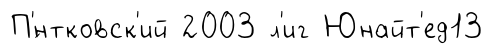
П'́нтковск'ий 2003 л'иг Юнайт'ед13